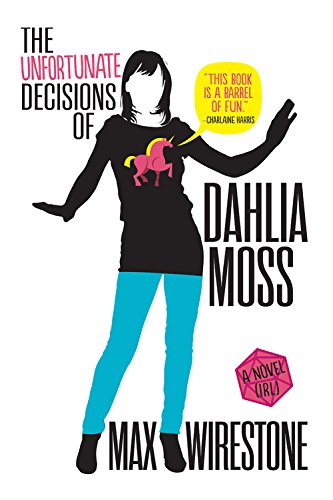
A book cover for The Unfortunate Decisions of Dahlia Moss; Max Wirestone; Mystery, Thriller & Suspense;